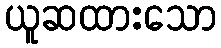
ယူဆထားသော